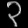
Digit: ၃